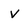
Character: v